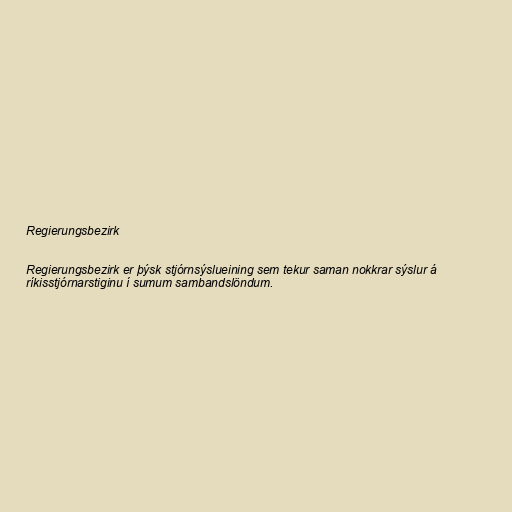
Regierungsbezirk

Regierungsbezirk er þýsk stjórnsýslueining sem tekur saman nokkrar sýslur á
ríkisstjórnarstiginu í sumum sambandslöndum.